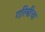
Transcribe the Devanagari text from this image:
गरिबीचा